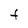
Character: F